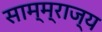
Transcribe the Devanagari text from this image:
साम्म्राज्य